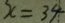
x = 3 4